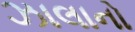
ઝાલાનો